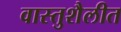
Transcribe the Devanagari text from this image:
वास्तुशैलीत